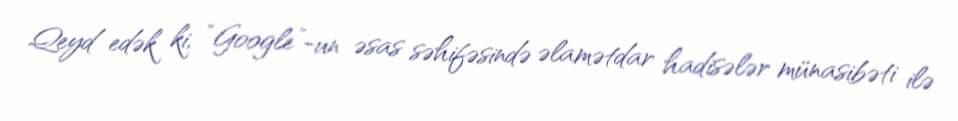
Qeyd edək ki, “Google”-un əsas səhifəsində əlamətdar hadisələr münasibəti ilə